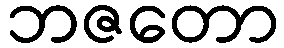
ဘဇတော